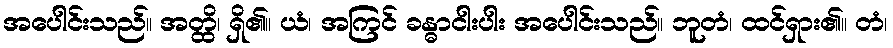
အပေါင်းသည်။ အတ္ထိ၊ ရှိ၏။ ယံ၊ အကြင် ခန္ဓာငါးပါး အပေါင်းသည်။ ဘူတံ၊ ထင်ရှား၏။ တံ၊